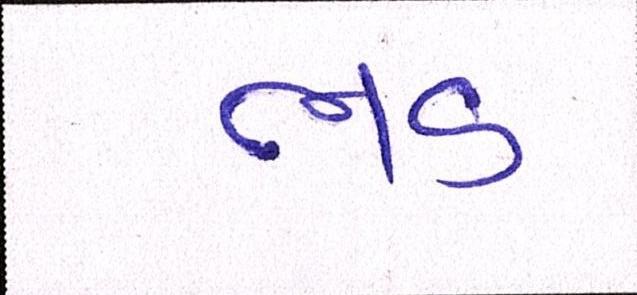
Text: ભડ